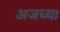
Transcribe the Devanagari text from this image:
अजच्या